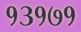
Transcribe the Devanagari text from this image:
१३१७१